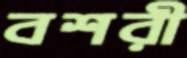
বশরী